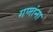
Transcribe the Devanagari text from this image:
गणांना